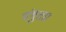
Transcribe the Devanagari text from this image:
पंगुता।